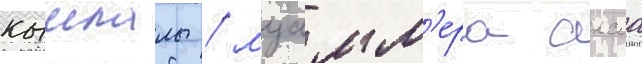
кышлалы / муамм'ера аксоа